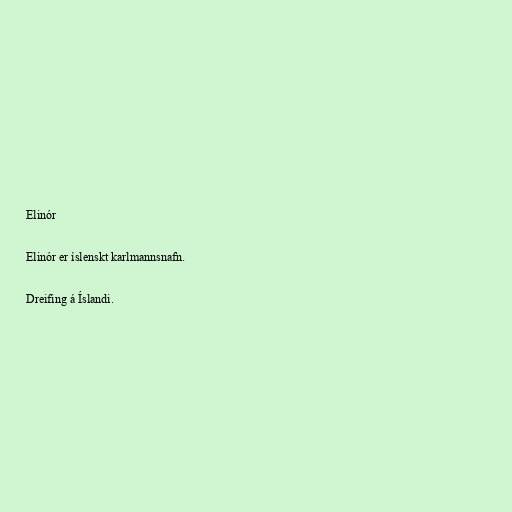
Elinór

Elinór er íslenskt karlmannsnafn.

Dreifing á Íslandi.